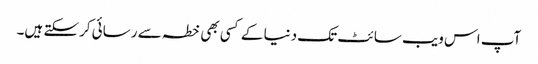
آپ اس ویب سائٹ تک دنیا کے کسی بھی خطہ سے رسائی کرسکتے ہیں۔